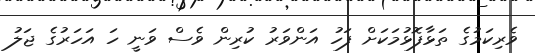
ވެރިކަމުގެ ތަޅާފޮޅުމަކަށް ފަހު އަންވަރު ކުރިން ވެސް ވަނީ ހަ އަހަރުގެ ޖަލު